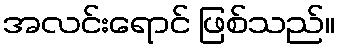
အလင်းရောင် ဖြစ်သည်။